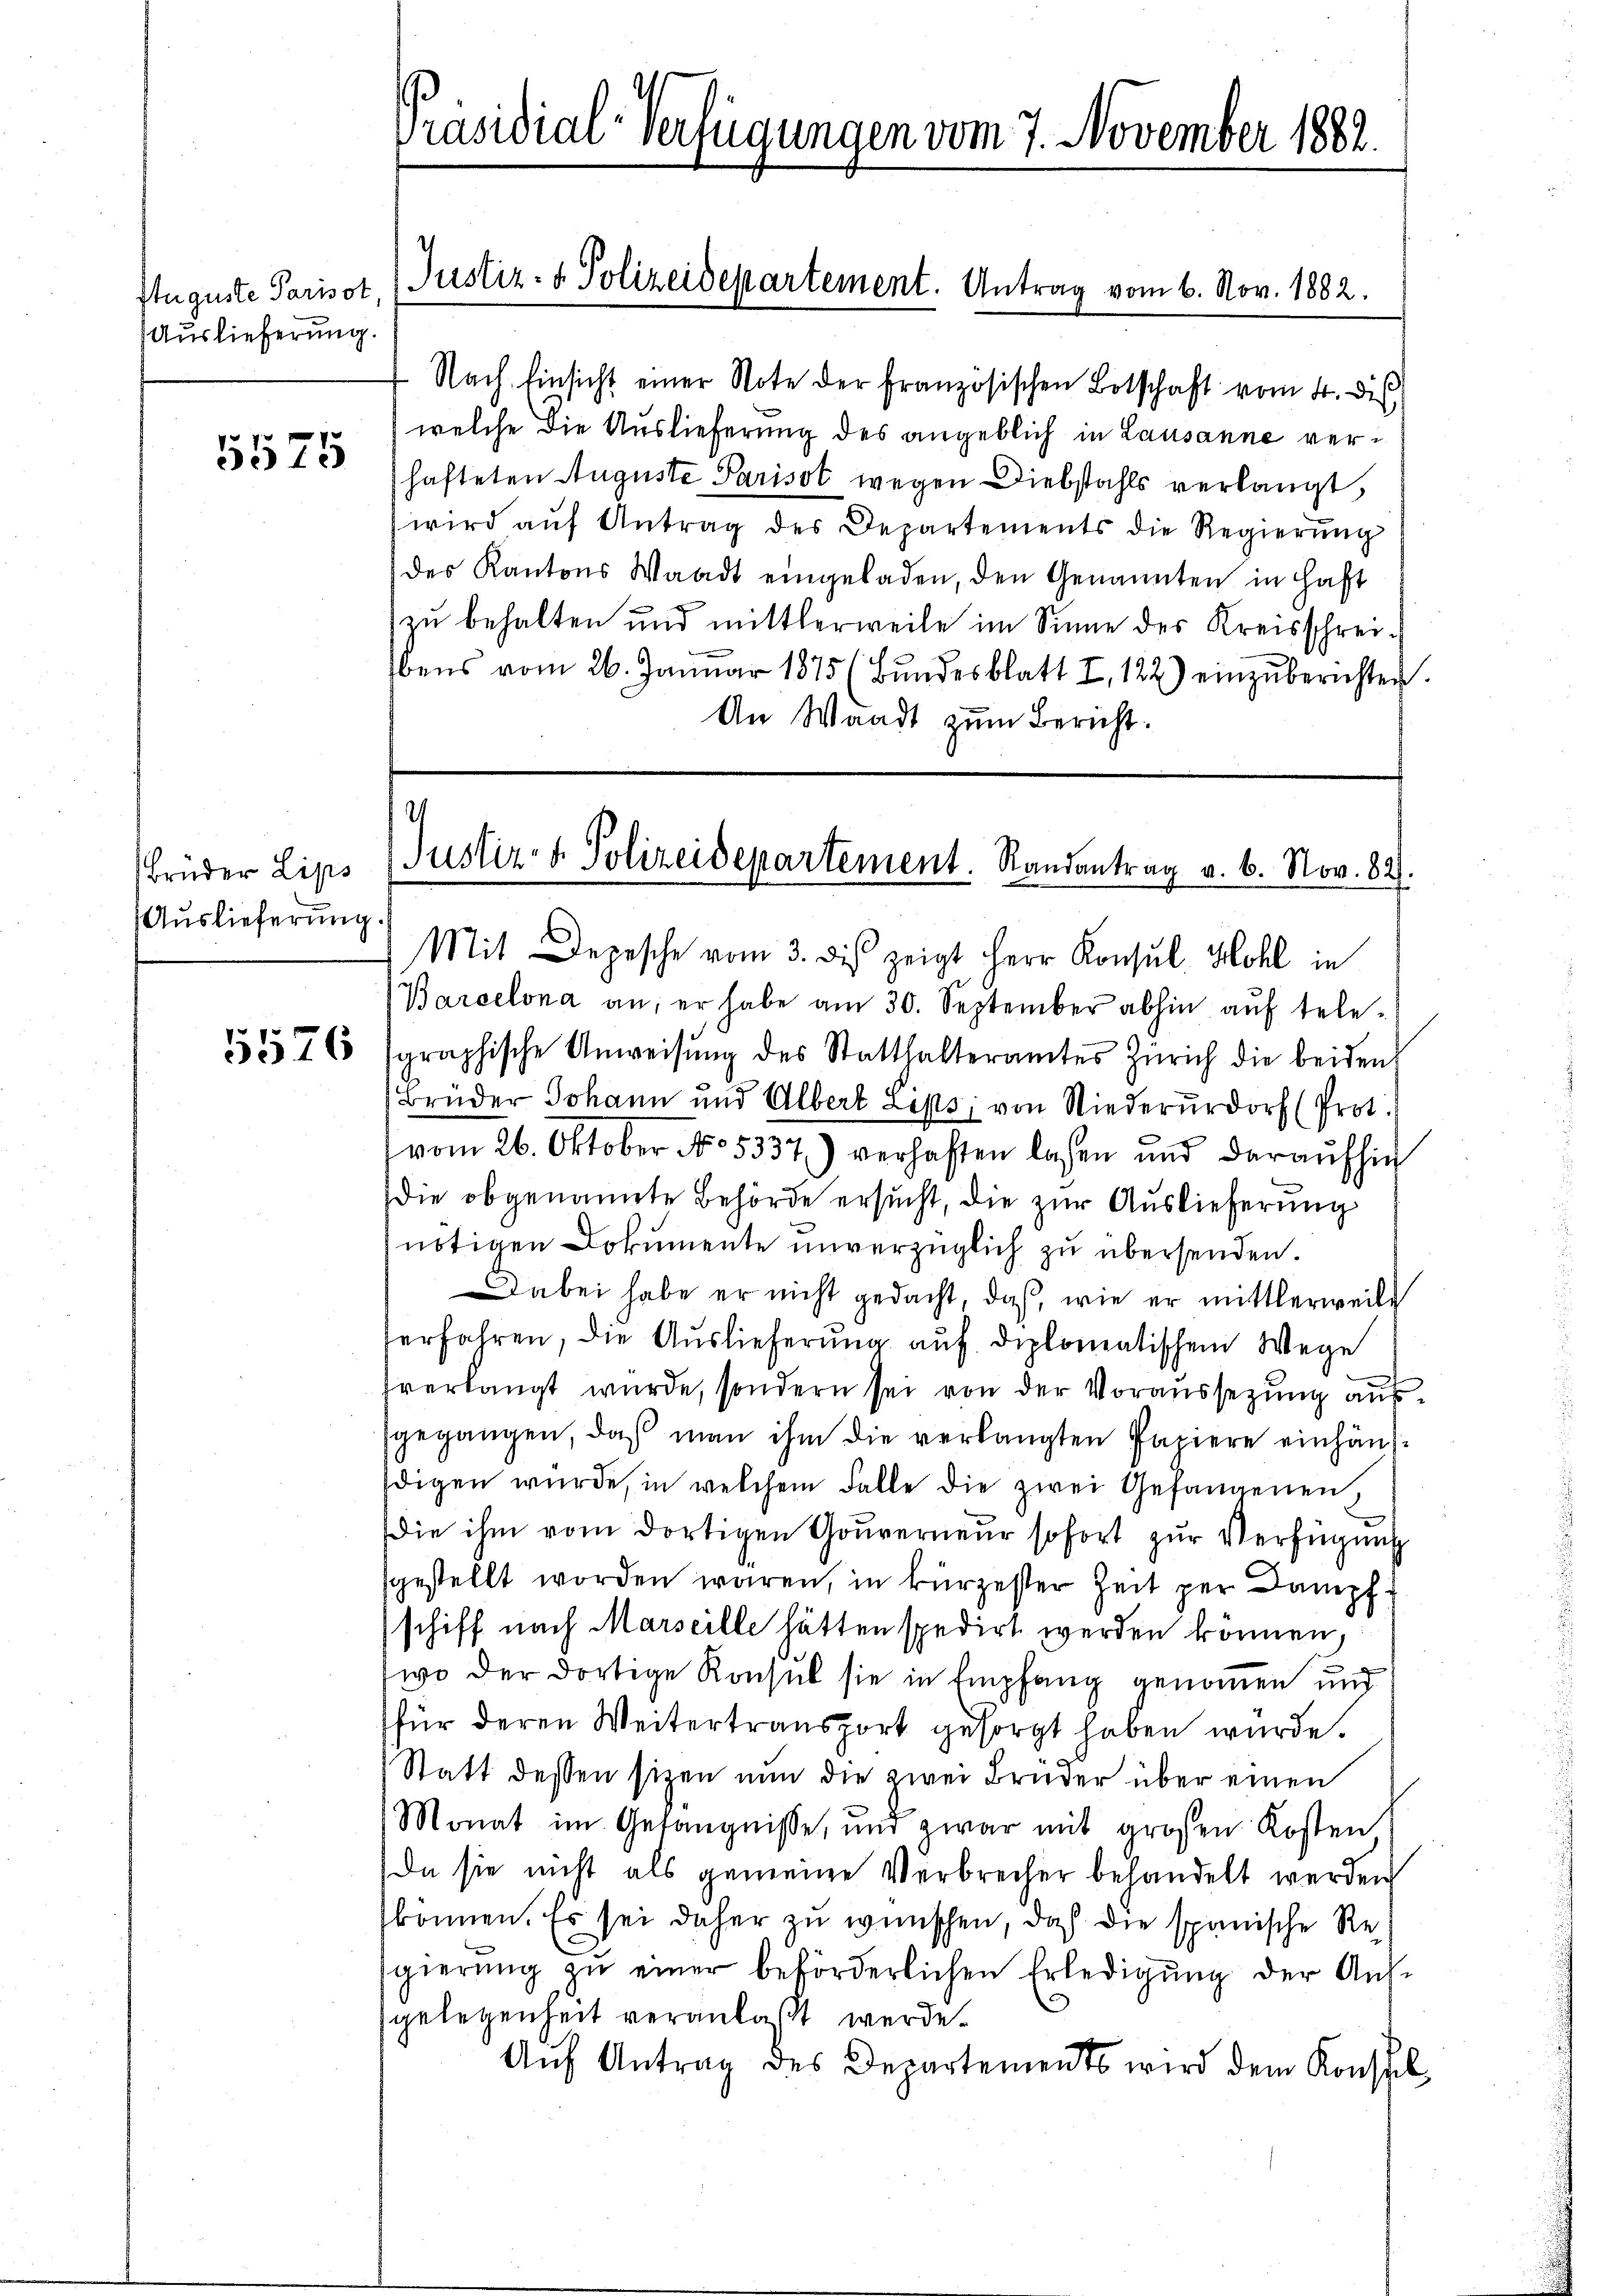
Ituguste Parisot,
Auslieferung.

5575

Brüder Lips
Auslieferung

5576

Präsidial-Verfügungen vom 7. November 1882.

Justiz- & Polizeidepartement. Antrag vom 6. Nov. 1882.

Nach Einsicht einer Note der französischen Botschaft vom 4. die
welche die Auslieferung des angeblich in Lausanne verhafteten Auguste Parisot wegen Diebstahls verlangt,
wird aŭf Antrag des Departements die Regierŭng
des Kantons Waadt eingeladen, den Genannten in Haft
zu behalten und mittlerweile im Sinne des Kreisschreibens vom 26. Januar 1875 (Bŭndesblatt I, 122) einzŭberichten.
An Waadt zum Bericht.

Mit Depesche vom 3. des zeigt Herr Konsul Hohl in
Barcelona an, er habe am 30. September abhin auf tele-
graphische Anweisŭng des Statthalteramtes Zürich die beiden
Bruder Johann und Albert Lips, von Niederurdorf (Prot.
vom 26. Oktober No 5337) verhaften lassen und daraufhin
die obgenannte Behörde ersucht, die zur Auslieferung
nötigen Dokumente unverzüglich zu übersenden.
Dabei habe er nicht gedacht, daß, wie er mittlerweile
ferfahren, die Auslieferung auf diplomatischem Wege
tverlangt wurde, sondern sei von der Voraussetzung aussgegangen, daß man ihm die verlangten Papiere einhängdigen wurde, in welchem Falle die zwei Gefangenen,
Die ihm vom dortigen Gouverneur sofort zur Verfügung
gestellt worden wären, in kürzester Zeit per Dampfschiff nach Marseille hätten spedirt werden können,
wo der dortige Konsul sie in Empfang genommen und
für deren Weitertransport gesorgt haben wurde.
Statt dessen sizen nun die zwei Brüder über einen
Monat im Gefängnisse, und zwar mit großen Kosten
(da sie nicht als gemeine Verbrecher behandelt werden
können. Es sei daher zu wünschen, daß die spanische Regierŭng zŭ einer beförderlichen Erledigŭng der Ant-
gelegenheit veranlaßt werde.
Aŭf Antrag des Departements wird dem Konstel

d
Justiz- & Polizeidepartement. Randantrag v. 6. Nov. 82.